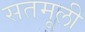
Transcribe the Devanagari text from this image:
सतमूली